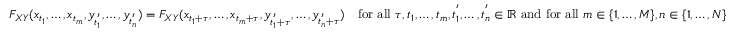
F _ { X Y } ( x _ { t _ { 1 } } , \ldots , x _ { t _ { m } } , y _ { t _ { 1 } ^ { ' } } , \ldots , y _ { t _ { n } ^ { ' } } ) = F _ { X Y } ( x _ { t _ { 1 } + \tau } , \ldots , x _ { t _ { m } + \tau } , y _ { t _ { 1 } ^ { ' } + \tau } , \ldots , y _ { t _ { n } ^ { ' } + \tau } ) \quad { \mathrm { f o r ~ a l l ~ } } \tau , t _ { 1 } , \ldots , t _ { m } , t _ { 1 } ^ { ' } , \ldots , t _ { n } ^ { ' } \in \mathbb { R } { \mathrm { ~ a n d ~ f o r ~ a l l ~ } } m \in \{ 1 , \ldots , M \} , n \in \{ 1 , \ldots , N \}